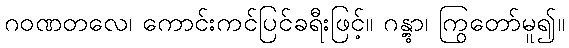
ဂဝဏတလေ၊ ကောင်းကင်ပြင်ခရီးဖြင့်။ ဂန္တွာ၊ ကြွတော်မူ၍။